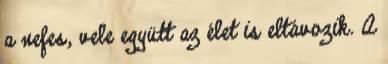
a nefes, vele együtt az élet is eltávozik. A